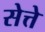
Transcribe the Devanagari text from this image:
सेत्ते